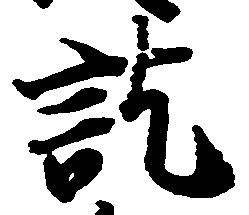
訖